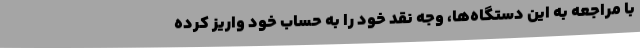
با مراجعه به این دستگاه‌ها، وجه نقد خود را به حساب خود واریز کرده